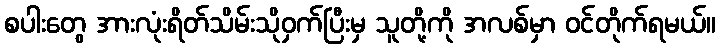
စပါးတွေ အားလုံးရိတ်သိမ်းသိုဝှက်ပြီးမှ သူတို့ကို အလစ်မှာ ဝင်တိုက်ရမယ်။